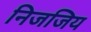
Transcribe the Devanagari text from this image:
निजजिय